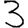
Digit: 3